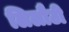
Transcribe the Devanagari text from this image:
लिलौटी